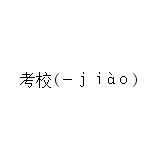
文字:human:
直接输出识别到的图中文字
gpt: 考校(－ｊｉàｏ)